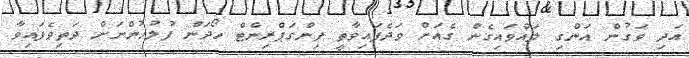
އަދި ވަގުން އަންގި ލައްވައިގެން ގެއަށް ވަދެފައިވާތީ ފިންގަޕްރިންޓް ހޯދަން ފުލުހުންނަށް ދަތިވެފައިވާ